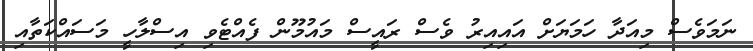
ނަމަވެސް މިއަދާ ހަމަޔަށް އައިއިރު ވެސް ރައީސް މައުމޫން ފެއްޓެވި އިސްލާހީ މަސައްކަތާއި